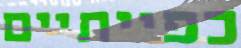
כפייתיים